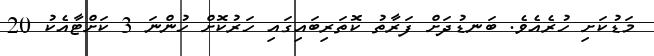
މަޑުކަށި ހުރެއެވެ. ބަނޑުދަށް ފަރާތު ކޮތަރިބައިގައި ހަރުކޮށް ހުންނަ 3 ކަށްޓާއެކު 20